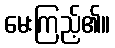
မေးကြည့်၏။